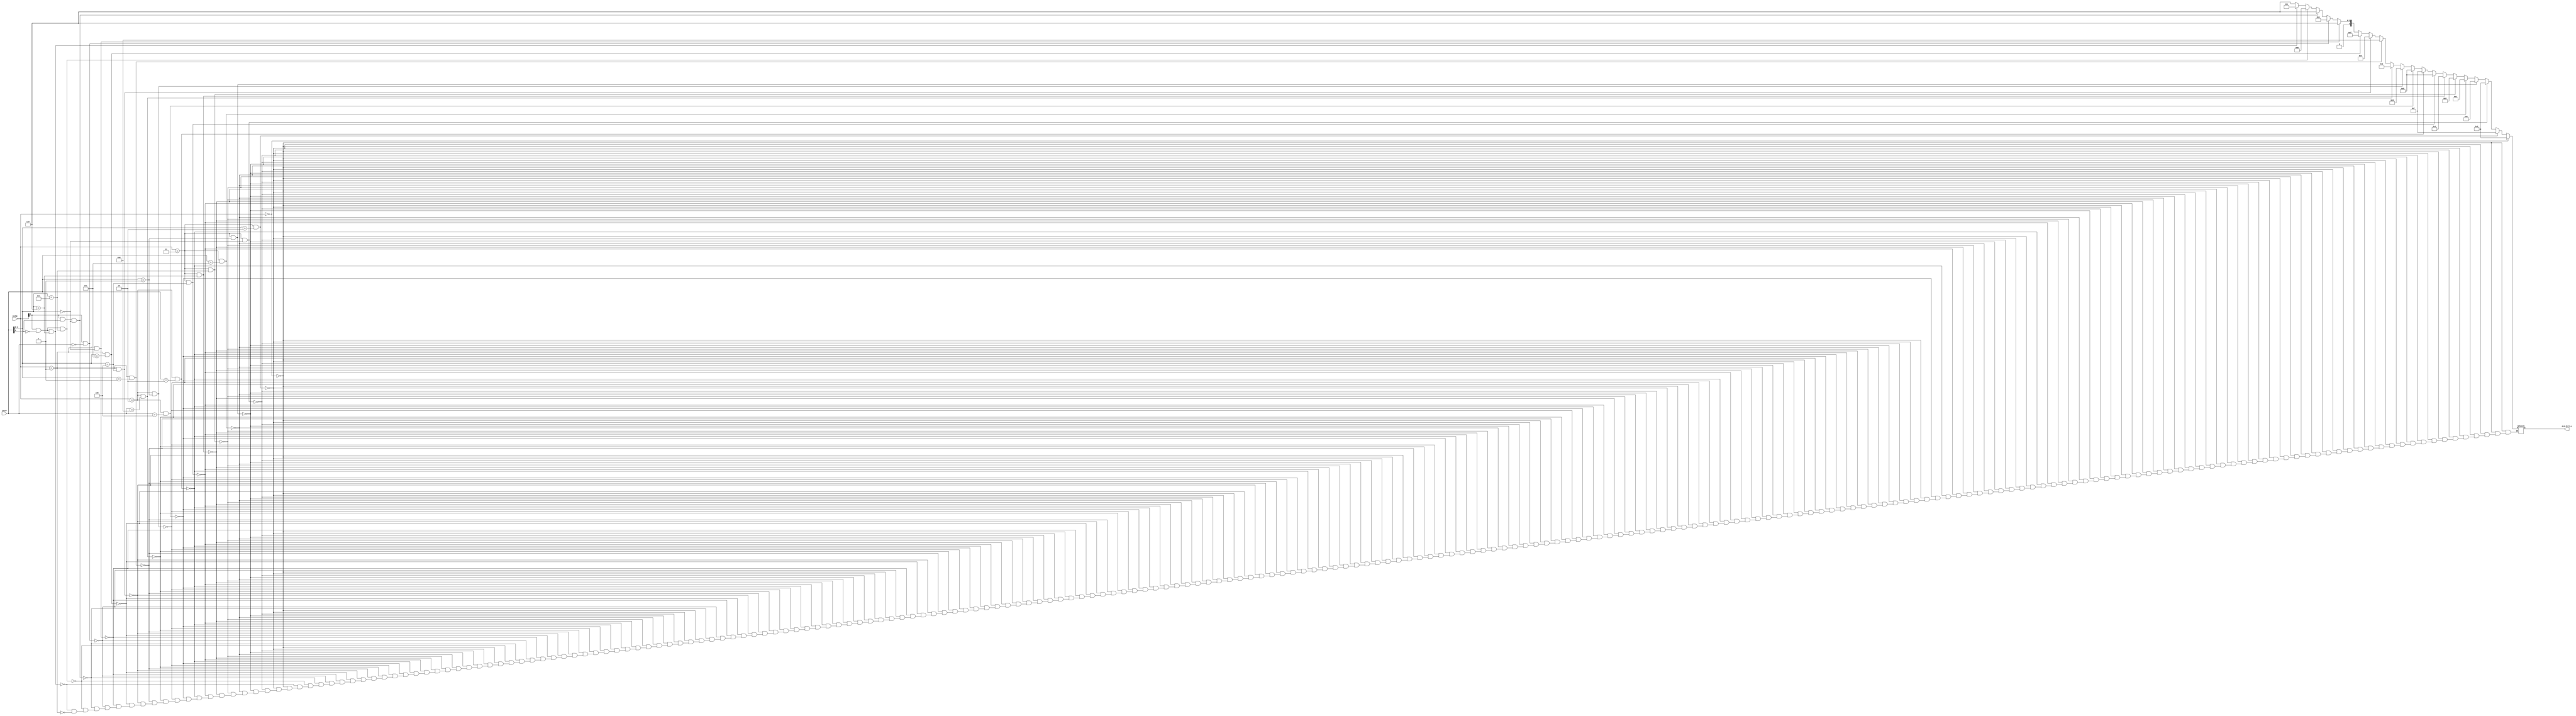
/***************************************************
Student Name: 
Student ID: 
***************************************************/

`timescale 1ns/1ps

module ALU_Ctrl(
	input	[4-1:0]	instr,
	input	[2-1:0]	ALUOp,
	output	reg [4-1:0] ALU_Ctrl_o
	);
	
/* Write your code HERE */
//note you can't not change the order of the below else if 

// ALU_ctrl_o bit1 class
wire [2:0]funct3;
assign funct3 = instr[2:0];
always@(*)begin
	if(ALUOp == 0) ALU_Ctrl_o = 4'b0010;
	else if(ALUOp == 2'b11 && funct3 == 3'b010) ALU_Ctrl_o = 4'b0111;//SLTI
	else if(ALUOp == 2'b11 && funct3 == 3'b000) ALU_Ctrl_o = 4'b0010;//addi
	else if(ALUOp == 2'b11 && instr== 4'b0001) ALU_Ctrl_o = 4'b1010;//slli
	else if(ALUOp == 2'b11 && instr == 4'b0101) ALU_Ctrl_o = 4'b1100;//srli
	else if(ALUOp == 2'b11 && funct3 == 3'b111) ALU_Ctrl_o = 4'b0000;//andi
	else if(ALUOp == 2'b11 && funct3 == 3'b110) ALU_Ctrl_o = 4'b0001;//ori
	else if(ALUOp == 2'b11 && funct3 == 3'b100) ALU_Ctrl_o = 4'b1000;//xori
	else if(ALUOp == 2'b10 && instr == 4'b0010) ALU_Ctrl_o = 4'b0111;//SLT
	else if(ALUOp == 2'b10 && instr == 4'b0100) ALU_Ctrl_o = 4'b1000;//XOR
	else if(ALUOp == 2'b10 && instr == 4'b0001) ALU_Ctrl_o = 4'b1001;//sll 
	else if(ALUOp == 2'b10 && instr == 4'b1101) ALU_Ctrl_o = 4'b1011;//sra
	else if(ALUOp == 2'b01 && funct3 == 3'b001) ALU_Ctrl_o = 4'b1101;//bne
	else if(ALUOp == 2'b01 && funct3 == 3'b100) ALU_Ctrl_o = 4'b1110;//blt
	else if(ALUOp == 2'b01 && funct3 == 3'b101) ALU_Ctrl_o = 4'b1111;//bge
	else if(ALUOp == 2'b01 && funct3 == 3'b000) ALU_Ctrl_o = 4'b0110;//beq
	else if(ALUOp[1] == 1 && instr == 0) ALU_Ctrl_o = 4'b0010;
	else if(ALUOp[1] == 1 && instr[3] == 1 && instr[2:0] == 0) ALU_Ctrl_o = 4'b0110;
	else if(ALUOp[1] == 1 && instr[3] == 0 && instr[2:0] == 7) ALU_Ctrl_o = 4'b0000;
	else if(ALUOp[1] == 1 && instr[3] == 0 && instr[2:0] == 6) ALU_Ctrl_o = 4'b0001;
	else if(ALUOp == 1) ALU_Ctrl_o = 4'b0110;
end


endmodule